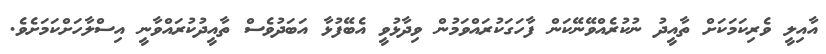
އާއިލީ ވެރިކަމަކަށް ތާއީދު ނުކުރެއްވޭނޭކަން ފާހަގަކުރައްވަމުން ވިދާޅުވީ އެބޭފުޅާ އަބަދުވެސް ތާއީދުކުރައްވާނީ އިސްލާހަށްކަމަށެވެ.